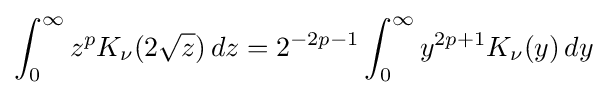
\int _{0}^{\infty }z^{p}K_{\nu }(2{\sqrt {z}})\,dz=2^{-2p-1}\int _{0}^{\infty }y^{2p+1}K_{\nu }(y)\,dy